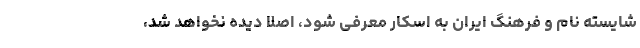
‌شایسته نام و فرهنگ ایران به اسکار معرفی شود، اصلا دیده نخواهد شد،